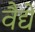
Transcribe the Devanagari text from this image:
वैद्ये